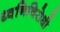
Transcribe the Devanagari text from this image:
ध्वनिविरोधी